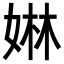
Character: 㛦